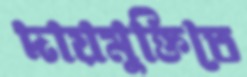
দায়মুক্তিতে